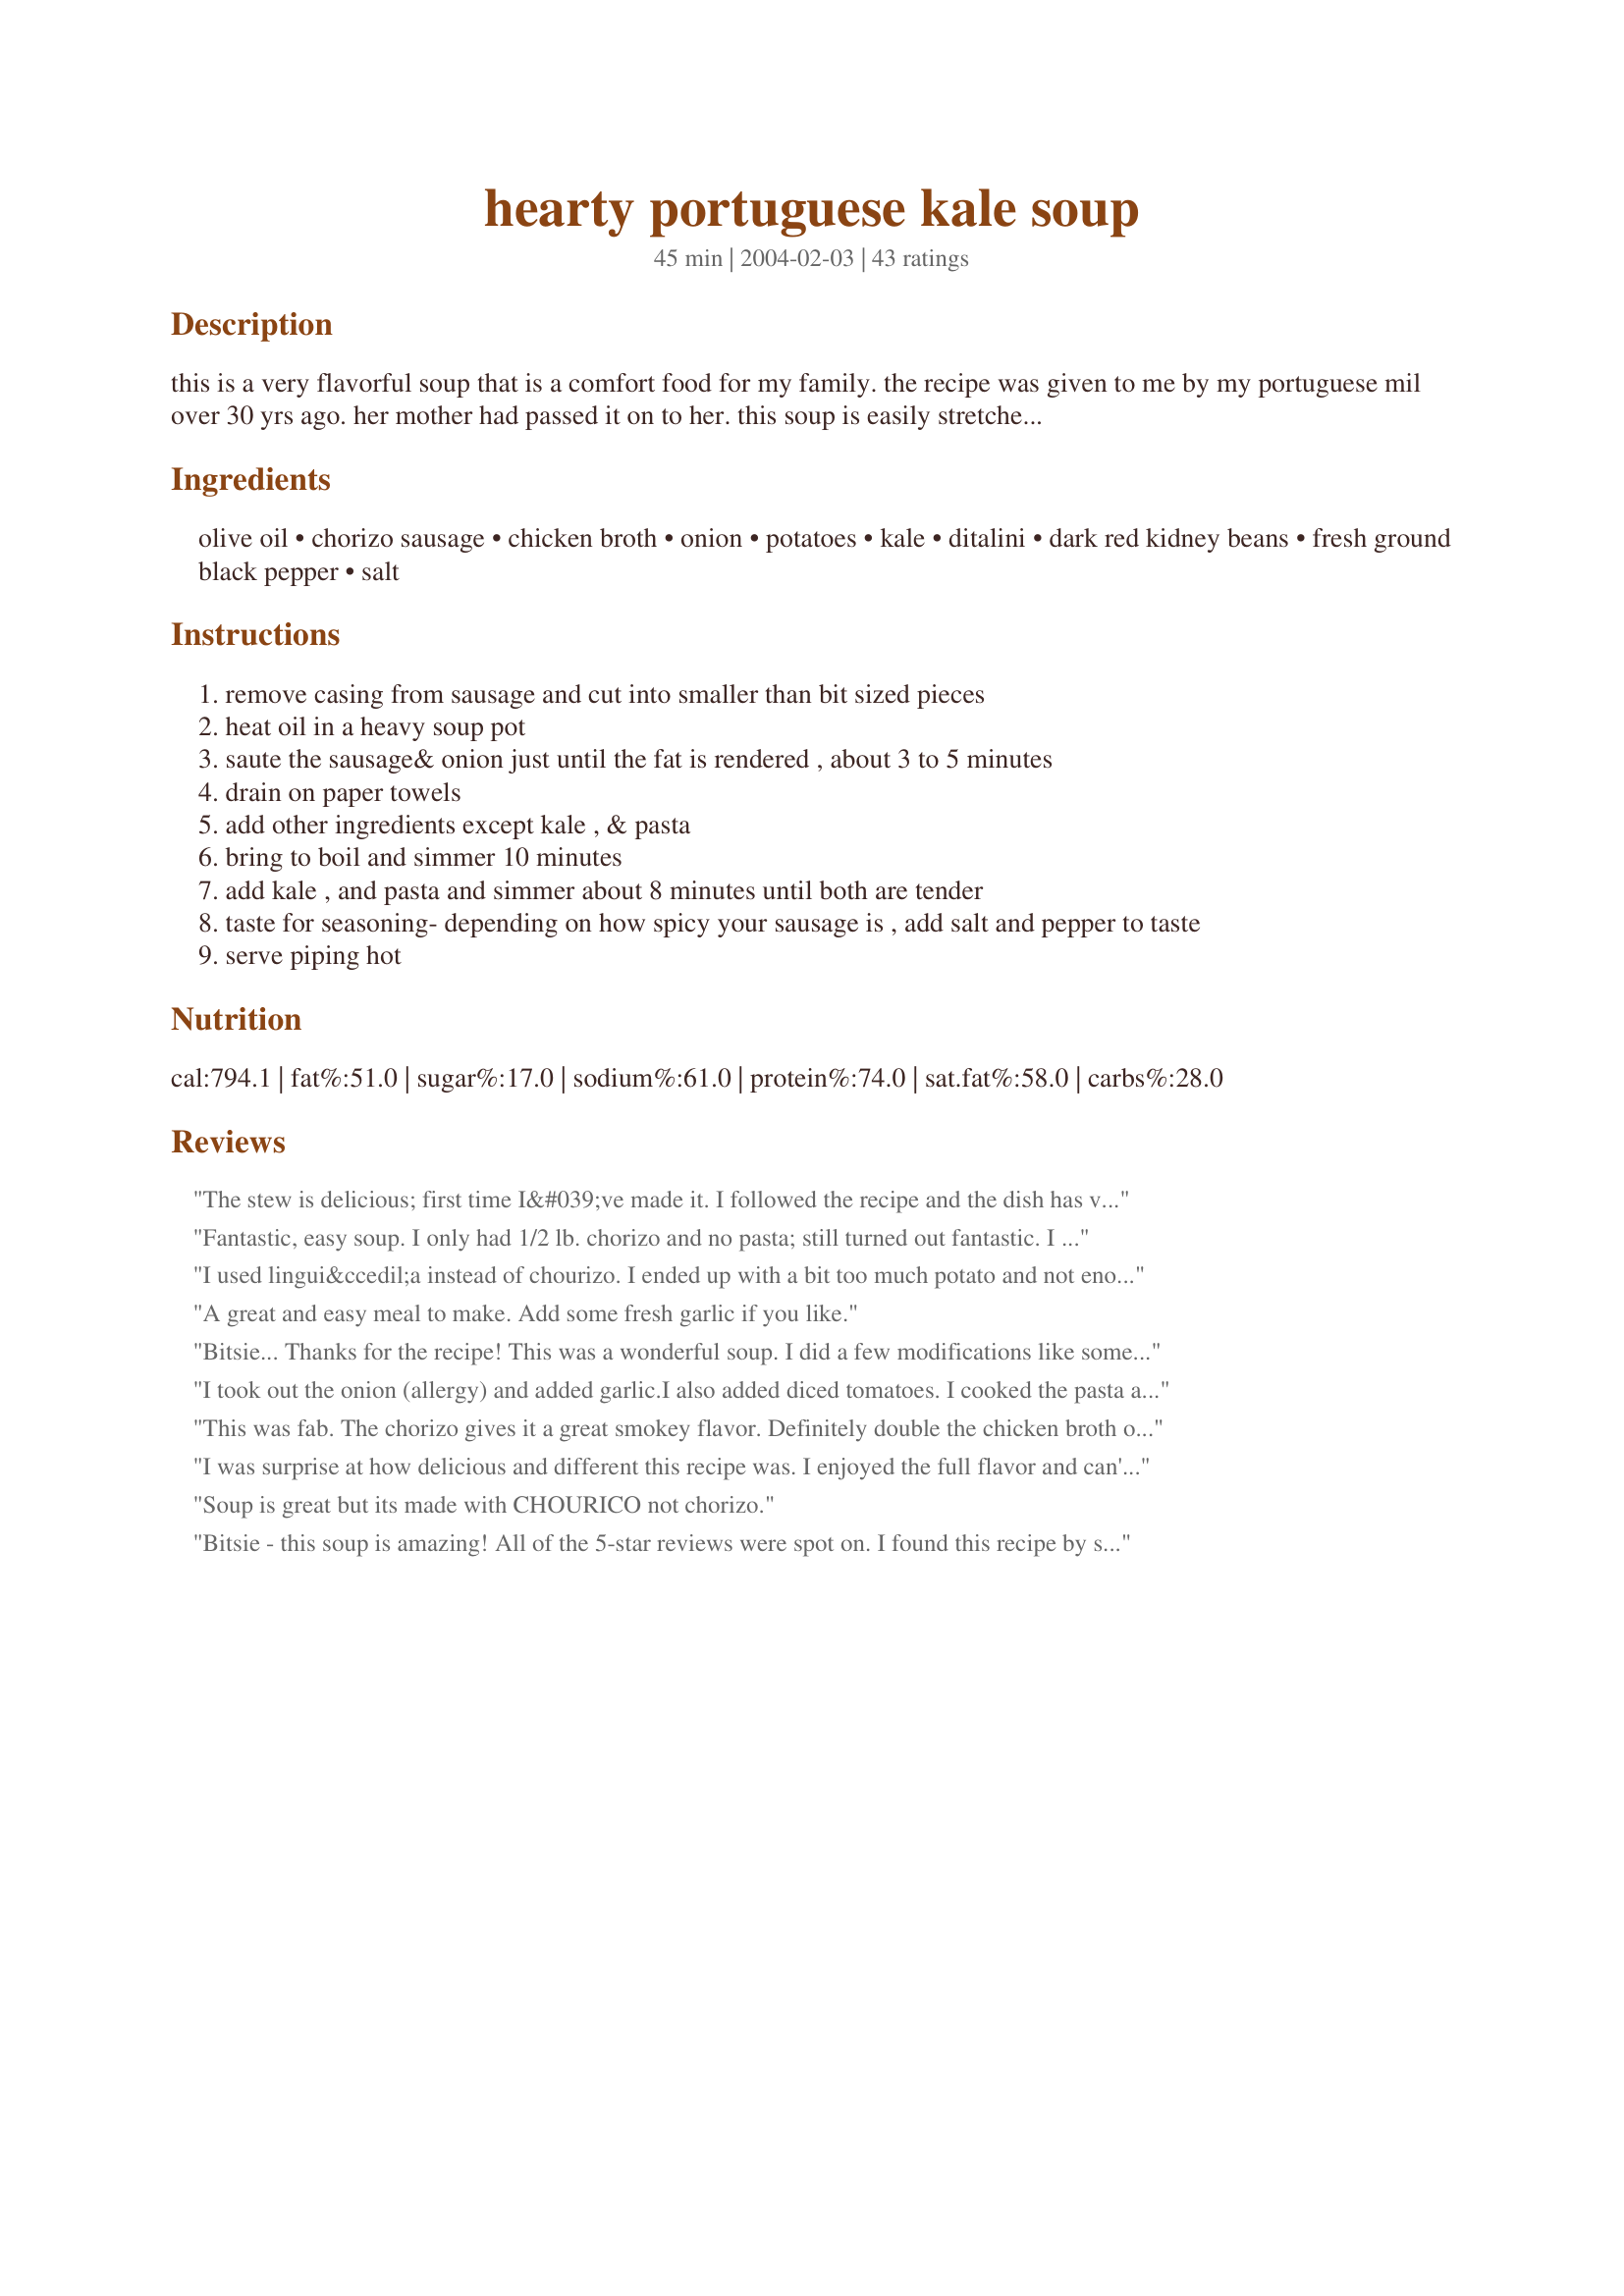
hearty portuguese kale soup
Preparation time: 45 minutes

this is a very flavorful soup that is a comfort food for my family. the recipe was given to me by my portuguese mil over 30 yrs ago. her mother had passed it on to her. this soup is easily stretched to make more servings. the chorizo gives the broth a good base for adding another can of beans or more pasta or a little water. soul warming for a cold night, serve with a warm crusty bread. a great next day soup. freezes well.

Ingredients:
olive oil, chorizo sausage, chicken broth, onion, potatoes, kale, ditalini, dark red kidney beans, fresh ground black pepper, salt

Steps:
remove casing from sausage and cut into smaller than bit sized pieces
heat oil in a heavy soup pot
saute the sausage& onion just until the fat is rendered , about 3 to 5 minutes
drain on paper towels
add other ingredients except kale , & pasta
bring to boil and simmer 10 minutes
add kale , and pasta and simmer about 8 minutes until both are tender
taste for seasoning- depending on how spicy your sausage is , add salt and pepper to taste
serve piping hot

Reviews:
The stew is delicious; first time I&#039;ve made it. I followed the recipe and the dish has very good flavor. Be advised the chorizo adds a little heat so if you&#039;re not into spicy I would use the sweet sausage. The advice of adding 2 more cups of chicken stock is right on... Look forward to cooking this again and following some of the tips of other reviewers.
Fantastic, easy soup. I only had 1/2 lb. chorizo and no pasta; still turned out fantastic. I did have to add an additional cup of broth. It just wouldn&#039;t have had enough liquid otherwise. My kale was still a bright green and a little al dente; I loved the different textures of the soup.
I used lingui&ccedil;a instead of chourizo. I ended up with a bit too much potato and not enough liquid, but the taste was good and it was very easy to make. I generally wash, shred, and freeze kale over the summer and pop it into kale soup in the winter. I also added garlic per previous commenters because it didn't seem right to have soup without it. I didn't bother draining on paper towels, and I don't think the recipe makes it clear when to add it back in. I figure I can skim fat off later if I really want to.
A great and easy meal to make.
Add some fresh garlic if you like.
Bitsie... Thanks for the recipe! This was a wonderful soup. I did a few modifications like some of the other posters. I used italian sausage and Kielbasa. I think I should have just used the italian sausage (next time!). I added some garlic and some red pepper flakes for extra flavor. I left off the potatoes and beans (I don't generally like beans/potatoes). And I replaced the noodles w/quinoa. The quinoa in it was a FANTASTIC swap! It turned out very salty (I think it was the Kielbasa) but otherwise it was fantastic! :)
I took out the onion (allergy) and added garlic.I also added diced tomatoes. I cooked the pasta and added it to each bowl so I could freeze it. Great find !!
This was fab. The chorizo gives it a great smokey flavor. Definitely double the chicken broth or more and I grated some parmesan cheese over the top of each serving. Served with crusty bread, it was a complete meal. My 3 year old loved it as did my husband. Easy way to get your greens!
I was surprise at how delicious and different this recipe was. I enjoyed the full flavor and can't wait to make it again. Though, I think it needs at least 4 more cups of water or chicken broth. Mine can out too dry, unlike a soup.
Soup is great but its made with CHOURICO not chorizo.
Bitsie - this soup is amazing! All of the 5-star reviews were spot on. I found this recipe by searching for &quot;kale soup&quot;.&lt;br/&gt;&lt;br/&gt;I never bought chorizo and didn&#039;t know what to expect. I sent my husband to the store and he called and asked if I wanted pork or beef. I said to get one of each. So, when I started to make the recipe, there was no &quot;cutting it into pieces&quot; because it came in a tube and blopped out like mush! I was a little skeptical at this point! Are there different types of chorizo???&lt;br/&gt;&lt;br/&gt;Anyway, I followed the recipe and even drained the &quot;mush&quot; on paper towels and it turned out great.&lt;br/&gt;&lt;br/&gt;I added a little garlic and some carrots per other recommendations and because I had them. &lt;br/&gt;&lt;br/&gt;This soup is so flavorful and good. Not too spicy but with a kick. I used more broth than originally called for and used the pasta and potatoes. &lt;br/&gt;&lt;br/&gt;HIGHLY recommended! Thanks again!
I know this as "caldo verde" and absolutely adore it! I got my original recipe from an old Portuguese woman in Fall River Mass. known for it's Portuguese-American and old country population. scrummy thanks for sharing!
This soup was so very easy to make and also so very delicious. Thanks for posting. I have been looking for a kale soup recipe and now can actually stop looking since I found the perfect one. :)
This was delicious! I used 2 quarts of chicken broth. I also added 2 cloves of garlic finely chopped and some crushed red pepper flakes to make it extra spicy. I did not have ditalini, so I used small shells instead. Can't wait to make this when it is cold outside! Thanks so much for posting!
I get a lot of kale from my summer CSA, so how to use it up is always a question. This soup is a great way to use up it up (despite making it on a 90 degree day!), and it freezes well. Perfect for a &quot;what am I going to bring for a work lunch?&quot; question, with a slice of toasted sourdough break alongside.&lt;br/&gt;&lt;br/&gt;Few changes - I used sweet sausage, and added an additional 2 cups of chicken stock, as the liquid will get soaked up by the potatoes and pasta. Added 2/3 of a cup of orzo instead of the 1-1/2 cups of ditalini.
DH brought home some chorizo and we were supposed to be watching our weight! What to do? I made this soup and mixed my naughty chorizo with my nice kale, and ate it without guilt. I have made a similar soup in the past, but with regular sausage. Chorizo is much better. I also like the addition of the potatoes, beans and pasta. Very hearty soup and delicious. Easy to personalize with garlic or red pepper flakes to kick up the heat. Yum.
Created an account just to review this soup: Thank You Bitsie! Great flavor and texture. Made &#039;as is&#039; to the recipe, but took a couple of suggestions from others: added 2 garlic cloves and a dash of hot pepper flakes to the onion, added diced carrot for color and texture, used hot sausage (Linguica was too expensive), and homemade stock. Also doubled the liquid - a must as just 1 qt. absorbs into the kale and pasta within an hour. This is on my Top 5 list.
I grew up with this soup aka "Caldina" my gramma never put kidney beans - just white northern beans and used a soup bone vs chx broth
but this recipe was quite delicious - My children loved it!
I made this soup during my Dad's last visit. I am half Portuguese on my father's side, but by the time I was born, my Nana had long ago hung up her apron and her desire to cook. This was the first time I had made or tried this rich and hearty meal. Blue and I loved it, but for my dad, it was really a treat. He said it was every bit as good as the one he remembered from his childhood visits to Rhode Island. I served it with crusty buttered rolls and Nana's "Pappish" (Portuguese Sweet Rice). The entire meal was a hit of epic proportions.
Delicious use of kale! I've made this several times now and everytime it's been a winner. The chorizo gives the broth a great flavor. Having both potatoes and pasta is a bit carb-heavy for me, so I'm going to try it next with just pasta.
Oh Yum! This was a real treat for dinner last night. The bags of kale I've been getting from our CSA needed to be used ASAP and I was running out of ideas on how to use kale. I subbed Italian sausage and added Franks hot sauce to heat it up. I also subbed black beans for kidney beans as we don't really like kidney beans in this house. 4 cloves of garlic found their way into the broth and I left out the pasta as I am celiac and didn't really feel the soup needed more carbs anyway. Thank you for posting your recipe Bitsie!
I used homemade chicken stock to prepare the soup and doubled it like one of the other posters suggested. The result was a very yummy soup that we truly enjoyed. The sausage gave it such a nice flavor. Along with all the other ingredients this soup is packed with all kinds of tastes that were very pleasing to the palate! This is so good I placed it into my favorites so I have it handy for next time! Thank you Bitsie!
This soup is FABULOUS!!! It is quick and easy, I didn't add pasta, potatoes are enough cabs for me. I will definitely make this again...Thanks Bitsie
I checked the reviews on this recipe b/cuz I thought my review was here. I guess I forgot to review it. But I made this soup over the winter months and have by now made it 3 times. I even planted kale in my garden this year just for the purpose of this soup. I loved loved this soup as well as my kids. One of our cold weather fav soups. Thank you so much for posting it. And I am so sorry for the late review.
Delicious! I took some advice from other posters and added the 2 gloves of garlic while sauteing the onions and sausage (the recipe calls for chorizo however, I used linquica). I cut the pasta down to one cup from the one and half the recipe calls for and the potatoes I used were average sized not "large". I also added some red pepper flakes to add a little extra heat! This will certainly be my Kale Soup Recipe for the rest of my life!!! Obrigado
We loved this soup. It is even better the next day!
I have made this so many times, I am so glad that someone has posted a recipe for it here. This is a delicious, hearty soup! The fresh chorizo makes the soup!
Yumm!

Excellent soup. I was looking for a recipe for this New England classic, and went with this one. Only two changes: left out the pasta and used white kidney beans instead of red. Delish. Thanks!
Doubled the liquid- but I used homemade chicken stock instead of broth - I think it really adds to the flavor. Made it a second time with broth and really missed the flavor and body of the chicken stock.
Tasty soup. I followed other reviewers and doubled the broth. Even with, it was still a stew consistency fresh from the pot. Leftovers will definitely need more broth. I also added at least a teaspoon of smoked paprika to this after tasting it. This could definitely be 5 stars with a little tweaking.
I doubled the chicken broth and used pasta shells. It was delicious. Everyone loved it.
I added 2 cloves of garlic, 1 diced carrot, cilantro, paprika, cumin, thyme, oregano, and a splash of rum at the end. I substituted the chorizo for kielbasa and used 8 cups of vegetable stock. I would next time brown the meat first, then add the garlic and onion. This is a really versatile recipe where you can add and substitute to your preferences. I had to cook my soup for twice as long as the recipe called for until the potatoes were tender. I also added a sprinkle of cheese to my finished bowl.
This soup is phenomenal, and a great way to use kale! I used hot Italian sausage (couldn't find chorizo), and omitted the pasta. I found that 1 quart of broth was not enough, and added two extra cups. Also, I added the canned kidney beans right at the end to preserve their texture. As some reviewers suggested, next time I will add two cloves of garlic next time, and maybe some carrots. I served this with some homemade bread - thanks for sharing a winner!
Printed this recipe about a month ago and I'm just finally making it today...it is DELICIOUS...I uploaded my pot of soup...thanks so much for posting this recipe it's def. a keeper!!
This soup is soooo good and very simple and quick to make. I got some fresh kale from my local CSA which inspired me to make kale soup for the first time and I will be saving this recipe for years to come. I did end up using about 3 times the amount of broth because 1 quart was not nearly enough.
This is a delicious and satisfying soup! I wanted it to be meatless so left out the chorizo and added a generous amount of smoked paprika and chili powder to the sauteing onions to give the broth the flavor that the chorizo would have added. Really liked the addition of the beans in this. Thanks for sharing your recipe! Made for the Best of 2013 event, recommended by Debbie R.
I agree, this was a REALLY tasty soup. I also did not add the ditalini, but used a 48 oz can of chicken broth, because I thought a quart was just not enough. :)
This is my introduction to Kale and I'm sold. I doubled the broth, added some garlic and tomatoes. I didn't have kidney beans so I used some lentils. It smelled so good cooking and the taste is wonderful. It was great for a cool summer day so it will be on our winter rotation.
Absolutely delicious! I added about twice as much chicken broth since I couldn't imagine the pasta cooking in such a small amount of broth, and it was just right. The next day the pasta had sucked up all the broth, but it was still excellent.
This is one of the most delicious dishes I have ever made. It came out incredibly well, though with almost no broth, since it didn't call for extra water and we didn't add any. I didn't mind that, because I don't love broth. I also used sweet sausage and did not add extra salt or pepper (it didn't need it). I don't generally love things with meat in it, but I cannot stop eating this!
Bitsie, this is a super soup, very tasty with just simple ingredients. I confess that I used turkey italian sausage rather than chorizo because I really needed to use it up. I'm sure the flavor would be very different otherwise, so I tried to compensate a tad by adding some sauteed garlic and 1 tsp zaatar. I loved the result and will make it again. Thanks for posting! (P.S. Another confession: I left out the pasta since there were potatoes in it already, and I was serving the soup with fresh bread.)
Such a comforting and delicious soup. This is my favourite way to eat kale...is in this soup. The first time I made it, I added no meat and it was still soooo delish! Thank you so much for the recipe. I'll use this recipe forever :)
Wonderful combination of fresh kale, chorizo sausage, beans, and comforting chicken broth. I added 2 cloves of minced garlic, a hint of red pepper flakes,
and a tomato to use it up. The taste was outstanding! My husband got a bunch of kale at the store, and had to use it, sure glad I found this recipe. Thanks for changing my outlook of kale, Bitsie! This will be served on the farm for Saturday lunch!
The family loved it!!! I did not add the pasta I thought that was to much carbs. I also added garlic and diced carrots. The carrots added another color and a great taste. This is going to be on my list of must have soups.Thanks
